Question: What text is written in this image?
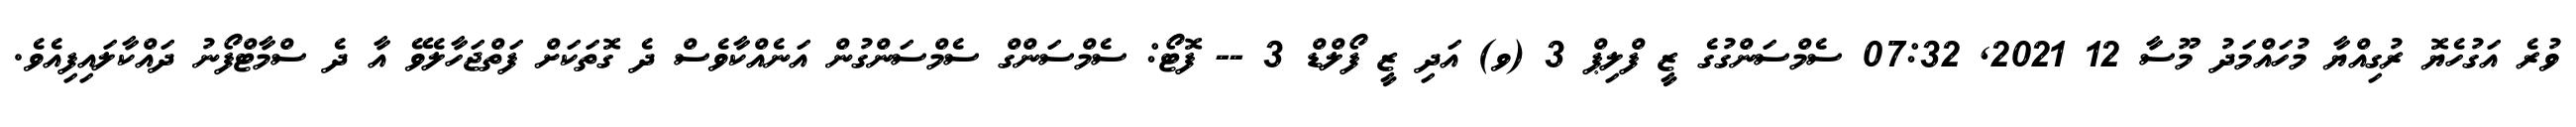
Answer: ވުރެ އަގުހެޔޮ ރުގިއްޔާ މުހައްމަދު މޫސާ 12 2021, 07:32 ސެމްސަންގުގެ ޒީ ފްލިޕް 3 (ވ) އަދި ޒީ ފޯލްޑް 3 -- ފޮޓޯ: ސެމްސަންގް ސެމްސަންގުން އަނެއްކާވެސް ދެ ގޮތަކަށް ފަތްޖަހާލެވޭ އާ ދެ ސްމާޓްފޯނު ދައްކާލައިފިއެވެ.